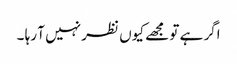
اگر ہے تو مجھے کیوں نظر نہیں آ رہا ۔